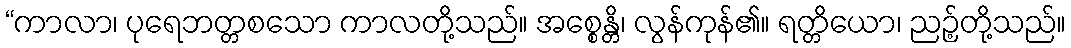
“ကာလာ၊ ပုရေဘတ္တစသော ကာလတို့သည်။ အစ္စေန္တိ၊ လွန်ကုန်၏။ ရတ္တိယော၊ ညဉ့်တို့သည်။